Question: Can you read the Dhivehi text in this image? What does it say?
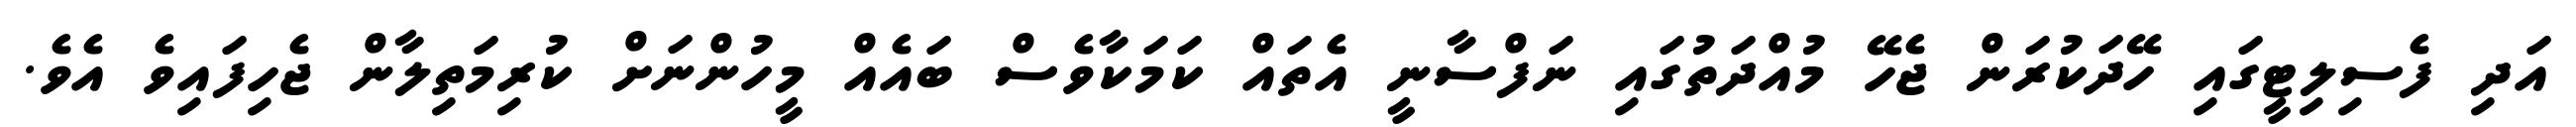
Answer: އަދި ފެސިލިޓީގައި ހޭދަކުރަން ޖެހޭ މުއްދަތުގައި ނަފްސާނީ އެތައް ކަމަކާވެސް ބައެއް މީހުންނަށް ކުރިމަތިލާން ޖެހިފައިވެ އެވެ.